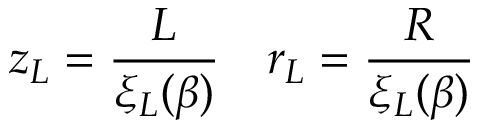
z _ { L } = \frac { L } { \xi _ { L } ( \beta ) } ~ ~ ~ r _ { L } = \frac { R } { \xi _ { L } ( \beta ) }